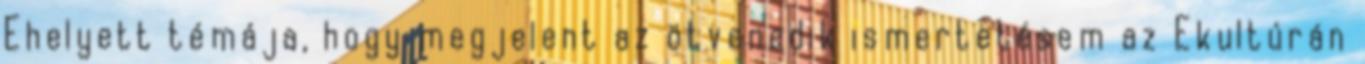
Ehelyett témája, hogy megjelent az ötvenedik ismertetésem az Ekultúrán